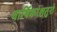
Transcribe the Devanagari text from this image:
वार्षिकांश्चतुरो